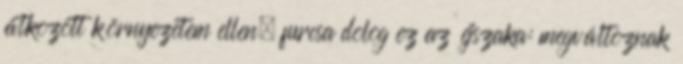
átkozott környezetem ellen. furcsa dolog ez az éjszaka: megváltoznak